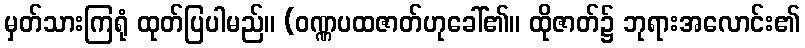
မှတ်သားကြရုံ ထုတ်ပြပါမည်။ (ဝဏ္ဏပထဇာတ်ဟုခေါ်၏။ ထိုဇာတ်၌ ဘုရားအလောင်း၏